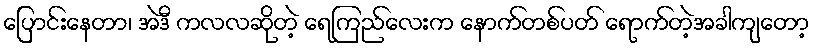
ပြောင်းနေတာ၊ အဲဒီ ကလလဆိုတဲ့ ရေကြည်လေးက နောက်တစ်ပတ် ရောက်တဲ့အခါကျတော့